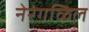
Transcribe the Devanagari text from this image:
नेरंगळिल